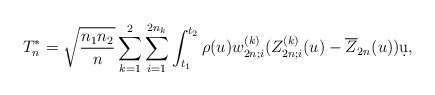
\begin{align*} T_n^* = \sqrt{\frac{n_1n_2}{n}} \sum_{k=1}^2 \sum_{i=1}^{2n_k} \int_{t_1}^{t_2} \rho(u) w_{2n;i}^{(k)} (Z_{2n;i}^{(k)}(u) - \overline{Z}_{2n}(u)) \d u,\end{align*}